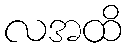
လအထိ